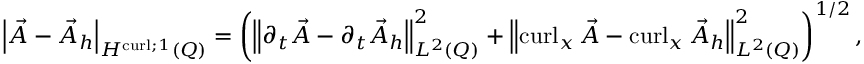
\left\lvert { \vec { A } - \vec { A } _ { h } } \right\rvert _ { H ^ { \operatorname { c u r l } ; 1 } ( Q ) } = \left( { \left\lVert { \partial _ { t } \vec { A } - \partial _ { t } \vec { A } _ { h } } \right\rVert } _ { L ^ { 2 } ( Q ) } ^ { 2 } + { \left\lVert { \operatorname { c u r l } _ { x } \vec { A } - \operatorname { c u r l } _ { x } \vec { A } _ { h } } \right\rVert } _ { L ^ { 2 } ( Q ) } ^ { 2 } \right) ^ { 1 / 2 } ,